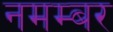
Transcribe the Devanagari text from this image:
नमम्बर